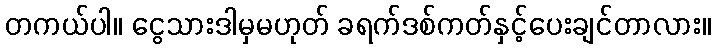
တကယ်ပါ။ ငွေသားဒါမှမဟုတ် ခရက်ဒစ်ကတ်နှင့်ပေးချင်တာလား။